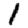
Digit: 1